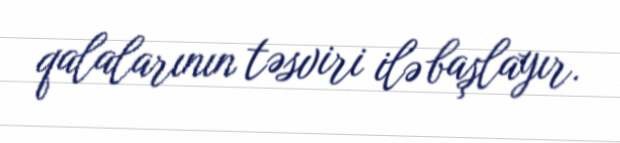
qalalarının təsviri ilə başlayır.